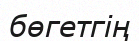
бөгетгің